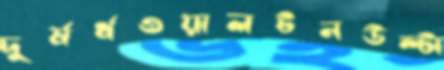
দুর্ষর্ধওয়ালটনউল্‌টা